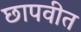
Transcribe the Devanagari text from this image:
छापवीत